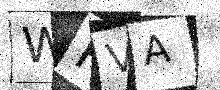
Text: WRVA